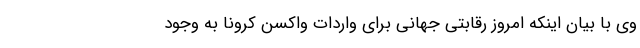
وی با بیان اینکه امروز رقابتی جهانی برای واردات واکسن کرونا به وجود